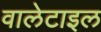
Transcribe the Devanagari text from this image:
वालेटाइल